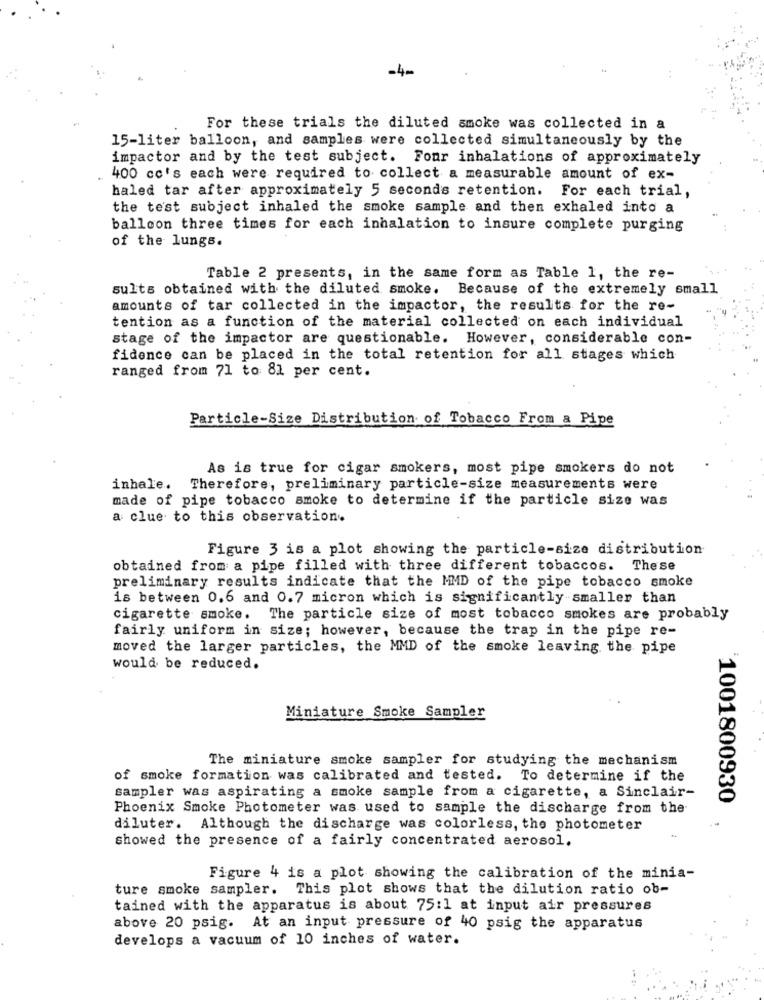
-4-
For these trials the diluted smoke was collected in a
15-liter balloon, and samples were collected simultaneously by the
impactor and by the test subject. Four inhalations of approximately
400 cc's each were required to collect a measurable amount of ex-
haled tar after approximately 5 seconds retention. For each trial,
the test subject inhaled the smoke sample and then exhaled into a
balloon three times for each inhalation to insure complete purging
of the lungs.
Table 2 presents, in the same form as Table 1, the re-
sults obtained with the diluted smoke. Because of the extremely small
amounts of tar collected in the impactor, the results for the re-
tention as a function of the material collected on each individual
stage of the impactor are questionable. However, considerable con-
fidence can be placed in the total retention for all stages which
ranged from 71 to 81 per cent.
Particle-Size Distribution of Tobacco From a Pipe
As is true for cigar smokers, most pipe smokers do not
inhale. Therefore, preliminary particle-size measurements were
made of pipe tobacco smoke to determine if the particle size was
a clue to this observation.
Figure 3 is a plot showing the particle-size distribution
obtained from a pipe filled with three different tobaccos. These
preliminary results indicate that the MMD of the pipe tobacco smoke
is between 0.6 and 0.7 micron which is significantly smaller than
cigarette smoke. The particle size of most tobacco smokes are probably
fairly uniform in size; however, because the trap in the pipe re-
moved the larger particles, the MMD of the smoke leaving the pipe
would be reduced.
Miniature Smoke Sampler
The miniature smoke sampler for studying the mechanism
of smoke formation was calibrated and tested. To determine if the
sampler was aspirating a smoke sample from a cigarette, a Sinclair-
`1001800930
Phoenix Smoke Photometer was used to sample the discharge from the
diluter. Although the discharge was colorless, the photometer
showed the presence of a fairly concentrated aerosol.
Figure 4 is a plot showing the calibration of the minia-
ture smoke sampler. This plot shows that the dilution ratio ob-
tained with the apparatus is about 75:1 at input air pressures
above 20 psig. At an input pressure of 40 psig the apparatus
develops a vacuum of 10 inches of water.